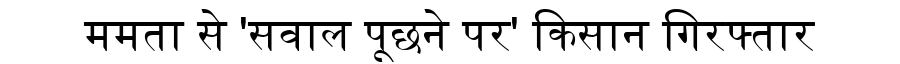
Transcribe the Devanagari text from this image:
ममता से 'सवाल पूछने पर' किसान गिरफ्तार